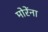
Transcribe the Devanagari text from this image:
मोरेंना